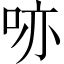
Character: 𠲔